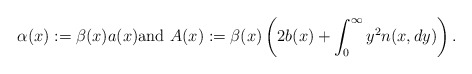
\begin{align*}\alpha(x):=\beta(x)a(x)\mbox{and }A(x):=\beta(x)\left( 2b(x)+\int_0^\infty y^2 n(x,dy)\right).\end{align*}